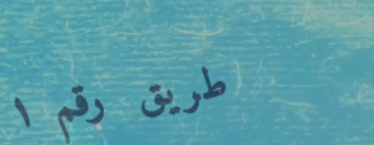
طريق رقم ١